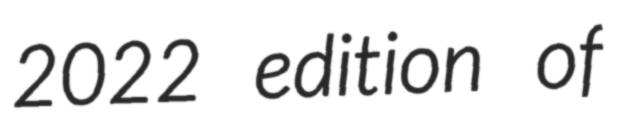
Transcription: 2022 edition of